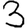
Digit: 3